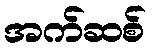
အက်ဆစ်